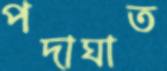
পদাঘাত